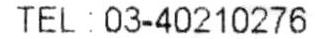
TEL :03-40210276